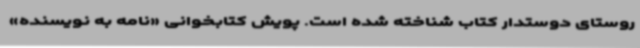
روستای دوستدار کتاب شناخته شده است. پویش کتابخوانی «نامه به نویسنده»